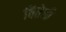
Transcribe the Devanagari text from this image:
वितेजी